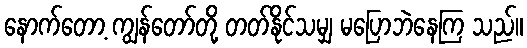
နောက်တော့ ကျွန်တော်တို့ တတ်နိုင်သမျှ မပြောဘဲနေကြ သည်။